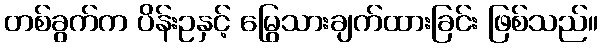
တစ်ခွက်က ပိန်းဥနှင့် မြွေသားချက်ထားခြင်း ဖြစ်သည်။